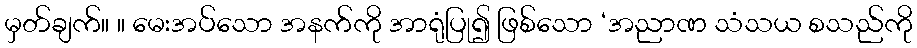
မှတ်ချက်။ ။ မေးအပ်သော အနက်ကို အာရုံပြု၍ ဖြစ်သော ‘အညာဏ သံသယ စသည်ကို